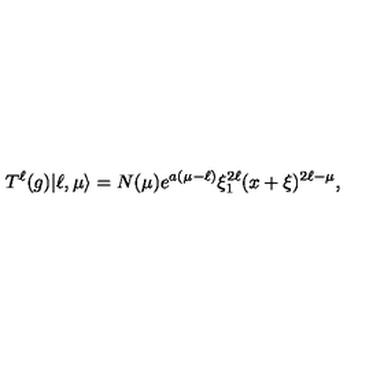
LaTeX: T ^ { \ell } ( g ) | \ell , \mu \rangle = N ( \mu ) e ^ { a ( \mu - \ell ) } \xi _ { 1 } ^ { 2 \ell } ( x + \xi ) ^ { 2 \ell - \mu } ,